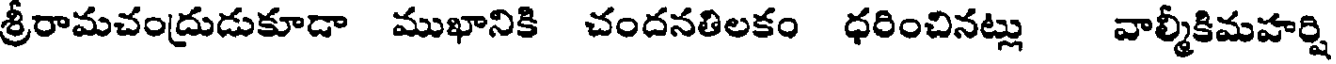
శ్రీరామచంద్రుడుకూడా ముఖానికి చందనతిలకం ధరించినట్లు వాల్మీకిమహర్షి